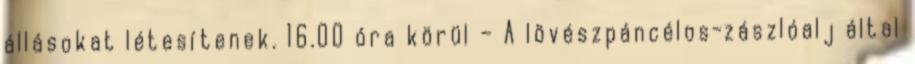
állásokat létesítenek. 16.00 óra körül – A lövészpáncélos-zászlóalj által